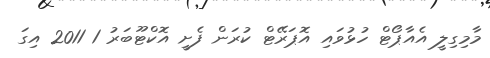
މާމިގިލީ އެއާޕޯޓް ހުޅުވައި އޮޕަރޭޓް ކުރަން ފެށީ އޮކްޓޫބަރު 1 2011 އިގަ